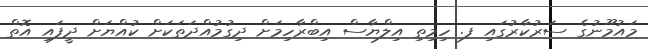
މައުމޫނުގެ ސަރުކާރުގައި ފ. ހިމިތި އިލްޔާސް އިބްރާހިމަށް ދިގުމުއްދަތަކަށް ކުއްޔަށް ދީފައި އޮތް